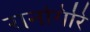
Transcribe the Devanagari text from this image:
रानगिरि